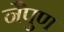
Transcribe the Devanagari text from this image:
नैपुण